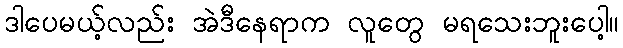
ဒါပေမယ့်လည်း အဲဒီနေရာက လူတွေ မရသေးဘူးပေါ့။